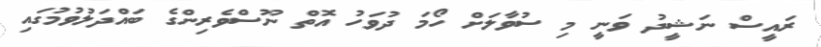
ރައީސް ނަޝީދު ވަނީ މި ސުވާލަށް ހޯމަ ދުވަހު އޮތް ނޫސްވެރިންގެ ބައްދަލުވުމުގައި